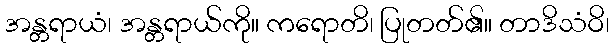
အန္တရာယံ၊ အန္တရာယ်ကို။ ကရောတိ၊ ပြုတတ်၏။ တာဒိသံဝိ၊